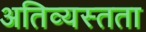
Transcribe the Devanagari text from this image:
अतिव्यस्तता